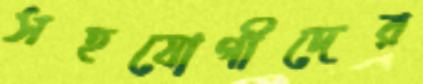
সহযোগীদের